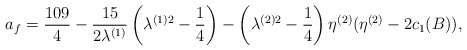
\begin{align*}a_{f}= \frac{109}{4}-\frac{15}{2\lambda^{(1)}}\left(\lambda^{(1)2}-\frac{1}{4}\right)-\left(\lambda^{(2)2}-\frac{1}{4}\right)\eta^{(2)}(\eta^{(2)}-2c_{1}(B)),\end{align*}